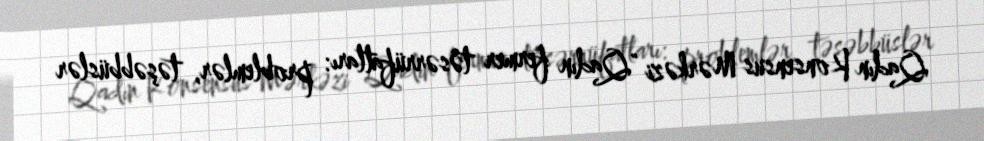
Qadın Konsensus Mərkəzi "Qadın fermer təsərrüfatları: problemlər, təşəbbüslər